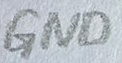
Text: GND